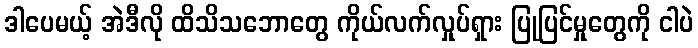
ဒါပေမယ့် အဲဒီလို ထိသိသဘောတွေ ကိုယ်လက်လှုပ်ရှား ပြုပြင်မှုတွေကို ငါပဲ